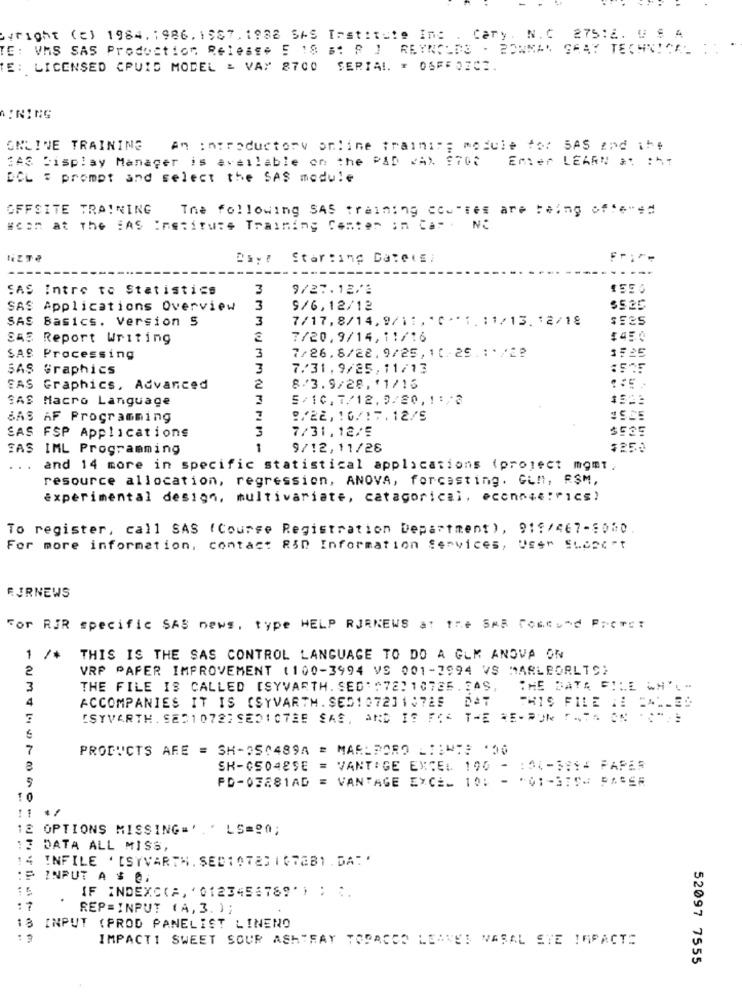
Bright (c) 1984.1986.1587, 1988 SAS Institute Inc . Cary. N. C 27512. U S A
TE: VMS SAS Production Release 5 18 B: R ] REYNOLDS - BOWMAN GRAY TECHNICAL ID
TE: LICENSED CPUID MODEL & VAY 8700 SERIAL. " OSFFOICE.
AINING
ONLINE TRAINING
An introductory online traini"; module for 5AS and it;
GAS Display Manager is available on the PAD KAX $708
Emer LEARN ** ***
DCL # prompt and select the SAS module
OFFSITE TRAINING
The following SAS training cou"res are being of:e- ==
#con at the SAS Institute Training Center in Cas . NO
@syr Starting Dateis.
SAS Intro to Statistics
3
9/27.12/3
1550
SAS Applications Overview
3
9/6,12/12
$525
SAS Basics. Version 5
3
7/17, 8/14, 9/11, * C ** 1. : 1/13. 12/18
SAS Report Writing
7/20,9/14,11/16
$450
SAS Processing
3
7/26.8/22. 9/25, 10.25. : * /22
1:25
SAS Graphics
3
7.31. 9/25,11/13
:575
2
EAS Graphics, Advanced
8/3.9/28.'1/15
SAS Macro Language
3
5/10, 7/12. 9/80 , ! : / 3
SAS AF Programming
7
9/22, 10/17.12/5
7/31.12/5
SAS FSP Applications
EAS IML Programming
1
9/12,11/26
$250
.. .
and 14 more in specific statistical applications (project momt.
resource allocation, regression, ANOVA, forcasting. Gum, RSM,
experimental design, multivariate, catagorical, econnes :Pics)
To register, call SAS (Course Registration Department ), 919/467-5000
For more information, contact RID Information Services, User Support
RJRNEWS
For RIR specific SAS news, type HELP RJRNEWS at the SAB Cooland PROrst
1 /*
THIS IS THE SAS CONTROL LANGUAGE TO DO A GUM ANOVA ON
2
VRP PAPER IMPROVEMENT (100-3994 VS 001-2994 VS MARLBORLTS)
3
THE FILE IS CALLED [SYVARTH. SED: "72010785. 3AS,
THE DATA FILE WH'L -
4
ACCOMPANIES IT IS (SYVARTH. SES1 072]1:725
[SYVARTH. SED10722 SEDICTEE SAS, AND IS FOR THE RE-POR FATA ON . ...
7
PRODUCTS AFE = SH-350489A = MARLBORO LIINTE '
SK-C5048SE
= VANTIGE EXCEL 190 - : 34-5814 PAPER
FD-03281AD
= VANTAGE EXCEL 10: - * 01-379- 5ABER
10
12 OPTIONS MISSING=' ' LS == 0;
DATA ALL MISS,
14
INFILE ' [SYVARTH. SEDIOTES ISTEB). DA"'
INPUT A $ @.
IF INDEXC(A, '0123456789');
: 7
REP=INPUT (A, 3. ) ;
18 INPUT (PROD PANELIST LINENO
IMPACTI SWEET SOUR ASHTRAY TOPACCO LEAVES VASAL STE IMPACT!
52097 7555